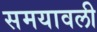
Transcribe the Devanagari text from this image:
समयावली